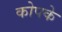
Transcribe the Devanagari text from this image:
कोपके